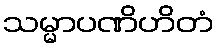
သမ္မာပဏိဟိတံ